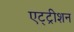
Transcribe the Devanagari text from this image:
एट्ट्रीशन